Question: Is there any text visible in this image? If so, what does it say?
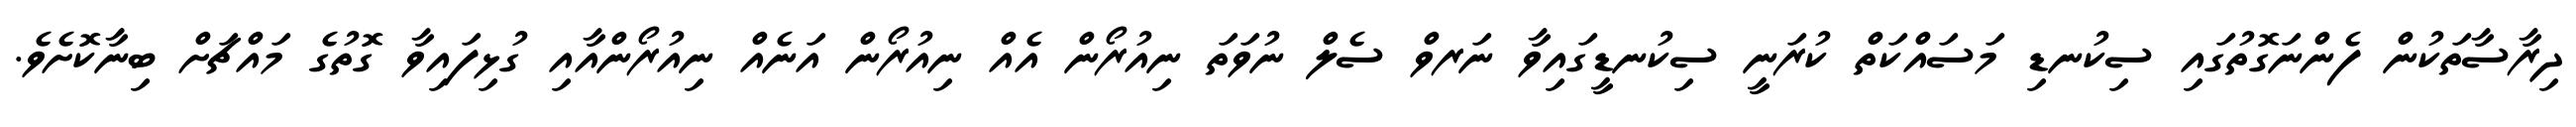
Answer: ދިރާސާތަކުން ފެންނަގޮތުގައި ސިކުނޑި މަސައްކަތް ކުރަނީ ސިކުނޑީގައިވާ ނަރވް ސެލް ނުވަތަ ނިއުރޯން އެއް ނިއުރޯން އަނެއް ނިއުރޯންއާއި ގުޅިފައިވާ ގޮތުގެ މައްޗަށް ބިނާކޮށެވެ.